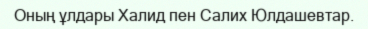
Оның ұлдары Халид пен Салих Юлдашевтар.